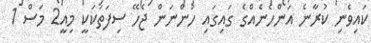
ކައިވެނި ކުރާނެ އަންހެނެއްގެ ގައިގައި ހުންނަން ޖެހޭ ސިފަތަކަކީ މިއީ2 މަސް 1